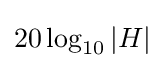
20\log _{10}|H|